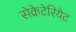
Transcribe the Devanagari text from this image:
सेक्रेटेरियेट